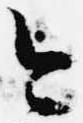
今